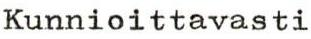
Kunnioittavasti